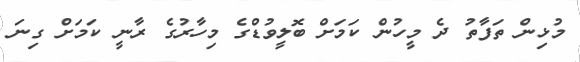
މުޅިން ތަފާތު ދެ މީހުން ކަމަށް ބޮލީވުޑްގެ މިހާރުގެ ރާނީ ކަމަށް ގިނަ